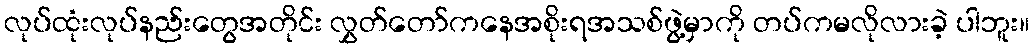
လုပ်ထုံးလုပ်နည်းတွေအတိုင်း လွှတ်တော်ကနေအစိုးရအသစ်ဖွဲ့မှာကို တပ်ကမလိုလားခဲ့ ပါဘူး။